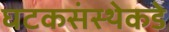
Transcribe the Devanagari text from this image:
घटकसंस्थेकडे